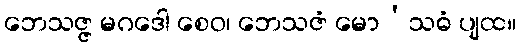
ဘေသဇ္ဇ မဂဒေါ စေဝ၊ ဘေသဇံ မော’သဓံ ပျထ။